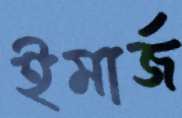
ইমার্জ